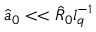
\hat { a } _ { 0 } < < \hat { R } _ { 0 } l _ { q } ^ { - 1 }